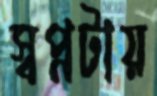
স্বপ্নটায়